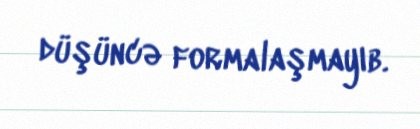
düşüncə formalaşmayıb.